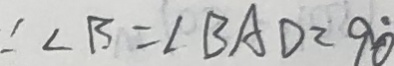
\angle B = \angle B A D = 9 0 ^ { \circ }